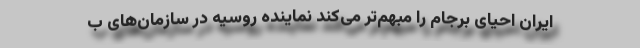
ایران احیای برجام را مبهم‌تر می‌کند نماینده روسیه در سازمان‌های ب